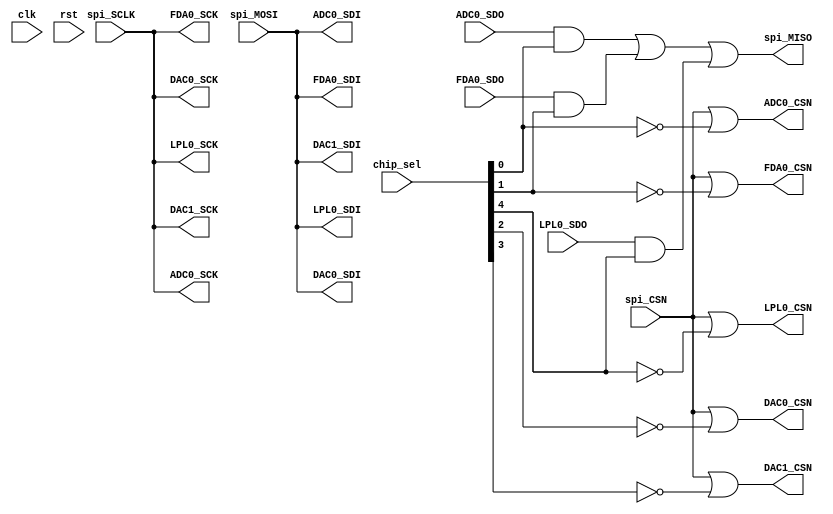
`timescale 1ns / 1ps
//////////////////////////////////////////////////////////////////////////////////
// Company:
// Engineer:
//
// Design Name:
// Module Name: Tc_PL_bus_csn
// Project Name:
// Target Devices:
// Tool Versions:
// Description:
//
// Dependencies:
//
// Revision:
// Revision 0.01 - File Created
// Additional Comments:
//
//////////////////////////////////////////////////////////////////////////////////


module Tc_PL_bus_csn
#(
parameter AGP0_25 = 8
)(
input                     clk                ,
input                     rst                ,
input      [AGP0_25-1:0]  chip_sel           ,
input                     spi_CSN            ,
input                     spi_SCLK           ,
input                     spi_MOSI           ,
output                    spi_MISO           ,
output                    ADC0_CSN           ,
output                    ADC0_SCK           ,
output                    ADC0_SDI           ,
input                     ADC0_SDO           ,
output                    FDA0_SCK           ,
output                    FDA0_CSN           ,
output                    FDA0_SDI           ,
input                     FDA0_SDO           ,
output                    DAC0_SDI           ,
output                    DAC0_SCK           ,
output                    DAC0_CSN           ,
output                    DAC1_SDI           ,
output                    DAC1_SCK           ,
output                    DAC1_CSN           ,
output                    LPL0_CSN           ,
input                     LPL0_SDO           ,
output                    LPL0_SCK           ,
output                    LPL0_SDI
    );

wire sel_adc0;
wire sel_fda0;
wire sel_dac0;
wire sel_dac1;
wire sel_lpl0;

assign  ADC0_CSN  = spi_CSN|(!sel_adc0)   ;
assign  ADC0_SCK  = spi_SCLK              ;
assign  ADC0_SDI  = spi_MOSI              ;

assign  FDA0_CSN  = spi_CSN|(!sel_fda0)   ;
assign  FDA0_SCK  = spi_SCLK              ;
assign  FDA0_SDI  = spi_MOSI              ;

assign  DAC0_CSN  = spi_CSN|(!sel_dac0)   ;
assign  DAC0_SCK  = spi_SCLK              ;
assign  DAC0_SDI  = spi_MOSI              ;

assign  DAC1_CSN  = spi_CSN|(!sel_dac1)   ;
assign  DAC1_SCK  = spi_SCLK              ;
assign  DAC1_SDI  = spi_MOSI              ;

assign  LPL0_CSN  = spi_CSN|(!sel_lpl0)   ;
assign  LPL0_SCK  = spi_SCLK              ;
assign  LPL0_SDI  = spi_MOSI              ;

assign {sel_lpl0,sel_dac1,sel_dac0,sel_fda0,sel_adc0} = chip_sel;
assign spi_MISO                                       = (ADC0_SDO&sel_adc0)|(FDA0_SDO&sel_fda0)|(LPL0_SDO&sel_lpl0);

endmodule